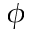
\phi